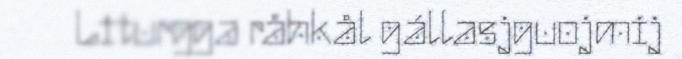
Liturgga råhkål gállasjguojmij